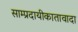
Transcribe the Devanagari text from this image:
साम्प्रदायीकातावादा